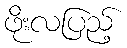
ဖိုးလပြည့်